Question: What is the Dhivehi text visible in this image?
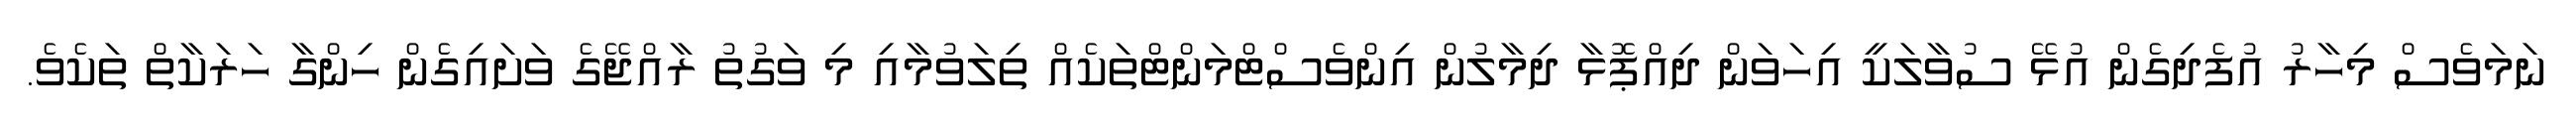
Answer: ނަމަވެސް މިހާރު އުފެދިގެން އުޅޭ ސުވާލަކީ އިހަވަން ދިއްޕޮޅާ ދިމާލުން އިންވެސްޓްމަންޓްތަކެއް ތިލަވުމާއި މި ވަގުތު ރާއްޖޭގެ ވަށައިގެން ހިންގާ ހަރަކާތް ތަކެވެ.